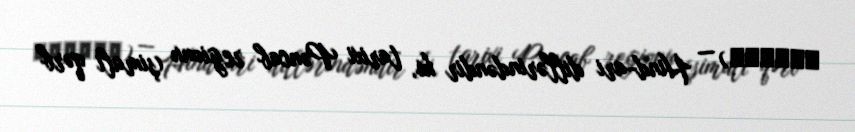
ਪੰਜਾਬੀ) — Hind-ari dillərindəndir ki, tarixi Pəncab regionu (şimali qərb